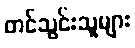
တင်သွင်းသူများ